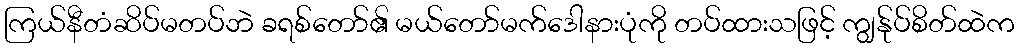
ကြယ်နီတံဆိပ်မတပ်ဘဲ ခရစ်တော်၏ မယ်တော်မက်ဒေါနားပုံကို တပ်ထားသဖြင့် ကျွန်ုပ်စိတ်ထဲက